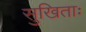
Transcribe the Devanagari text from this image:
सुखिताः